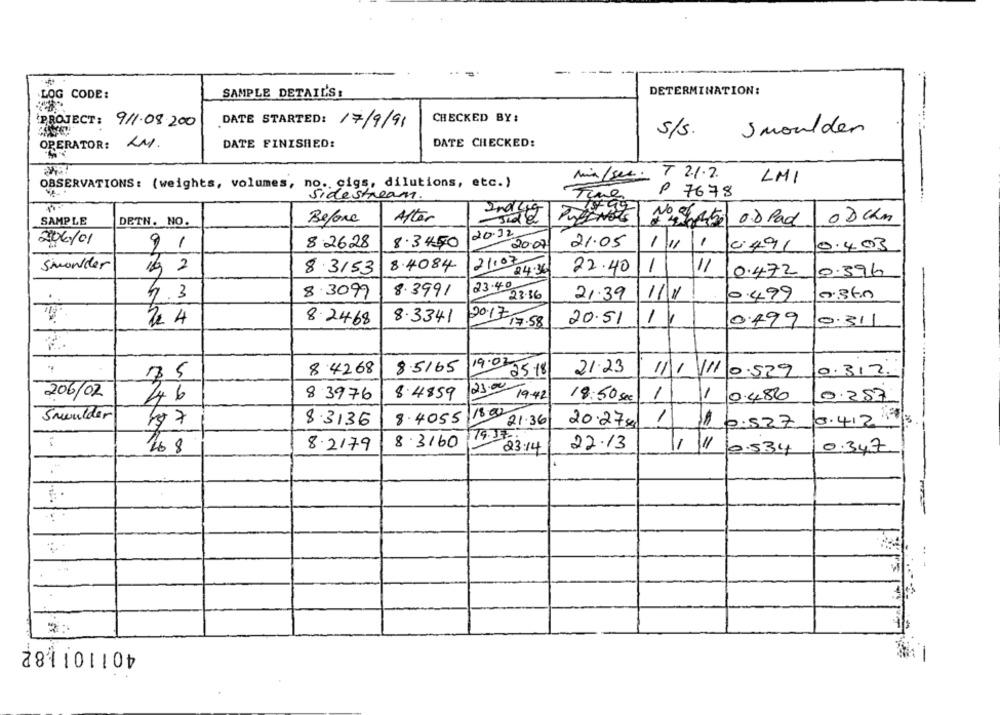
---
DETERMINATION:
LOG CODE:
SAMPLE DETAIL'S:
CHECKED BY:
PROJECT: 911.08.200
DATE STARTED: 17/9/91
s/s.
Smoulden
OPERATOR: KM.
DATE FINISHED:
DATE CHECKED:
min/sec. T 2.1.7.
LMI
OBSERVATIONS: (weights, volumes, no. cigs, dilutions, etc.)
P 7678
Sidestream.
SAMPLE
DETN. NO.
Before
After
PreINGS
NoSe50 08 Pad
20.12
2/06/01
91
82628
8.3450
2007
21.05
1111
0491
0.4.03
21.07
Shoulder
19 2
8.3153
8.4084
24.36
22.40
1
11
0.396
10.472
8.3991
4.3
8.3099
23.4- 23.36
21.39
111
0.499
0.360
72 4
8.2468
8.3341
20.51
11
0499
0.311
2017 17.58
8.4268
8.5165
19.02
25.18
21.23
35
11/ 111 0.529
0.312.
23.00
206/02
46
8 3976
8.4859
1942
18:50 sec
1
-
0.486
0.257
18.00
Smwilder
8.3136
8.4055
21.36
1
0.412
20.27 kg
$$ 0.527
79.17
8.3160
8.2179
23:14
22.13
-
2.534
0.347
..
401101182